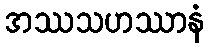
အဿသဟဿာနံ